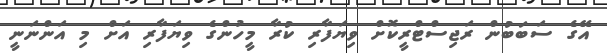
އޭގެ ސަބަބުން ރަޖިސްޓްރީކޮށް ވިޔަފާރި ކުރާ މީހުންގެ ވިޔަފާރި އަށް މި އަންނަނީ